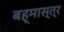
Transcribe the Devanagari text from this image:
बह्मास्त्र